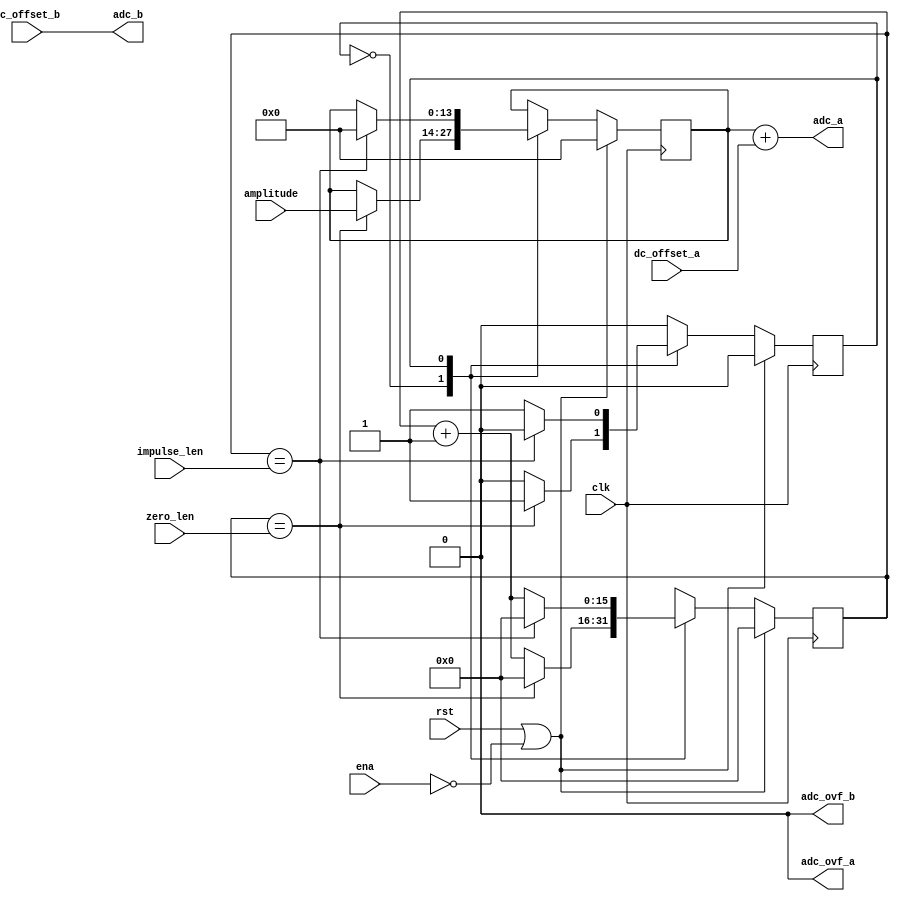
module impulse
  (input clk,
   input rst,
   input ena,
   
   input [13:0] dc_offset_a,
   input [13:0] dc_offset_b,
   input [13:0] amplitude,
   input [15:0] impulse_len,
   input [15:0] zero_len,

   output [13:0] adc_a,
   output [13:0] adc_b,
   output        adc_ovf_a,
   output        adc_ovf_b
   );

   reg [13:0] adc_a_int = 0;
   reg [15:0] count;

   localparam ST_ZERO = 0;
   localparam ST_HIGH = 1;
   reg 	      state;
   
   always @(posedge clk)
     if (rst | ~ena)
       begin
	  adc_a_int <= 0;
	  count <= 0;
	  state <= ST_ZERO;
       end
     else
       case(state)
	 ST_ZERO:
	   if (count == zero_len)
	     begin
		adc_a_int <= amplitude;
		state <= ST_HIGH;
		count <= 0;
	     end
	   else
	     count <= count + 1;

	 ST_HIGH:
	   if (count == impulse_len)
	     begin
		adc_a_int <= 0;
		state <= ST_ZERO;
		count <= 0;
	     end
	   else
	     count <= count + 1;

       endcase // case (state)

   assign adc_a = adc_a_int + dc_offset_a;

   // Ignore for now
   assign adc_b = dc_offset_b;
   assign adc_ovf_a = 0;
   assign adc_ovf_b = 0;

endmodule // impulse